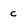
Character: c